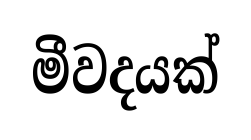
මීවදයක්